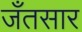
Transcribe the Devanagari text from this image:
जँतसार